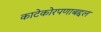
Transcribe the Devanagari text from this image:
काटेकोरपणाबद्दल